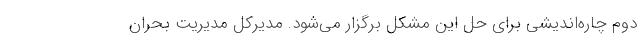
دوم چاره‌اندیشی برای حل این مشکل برگزار می‌شود. مدیرکل مدیریت بحران